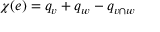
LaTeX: \chi ( e ) = q _ { v } + q _ { w } - q _ { v \cap w }